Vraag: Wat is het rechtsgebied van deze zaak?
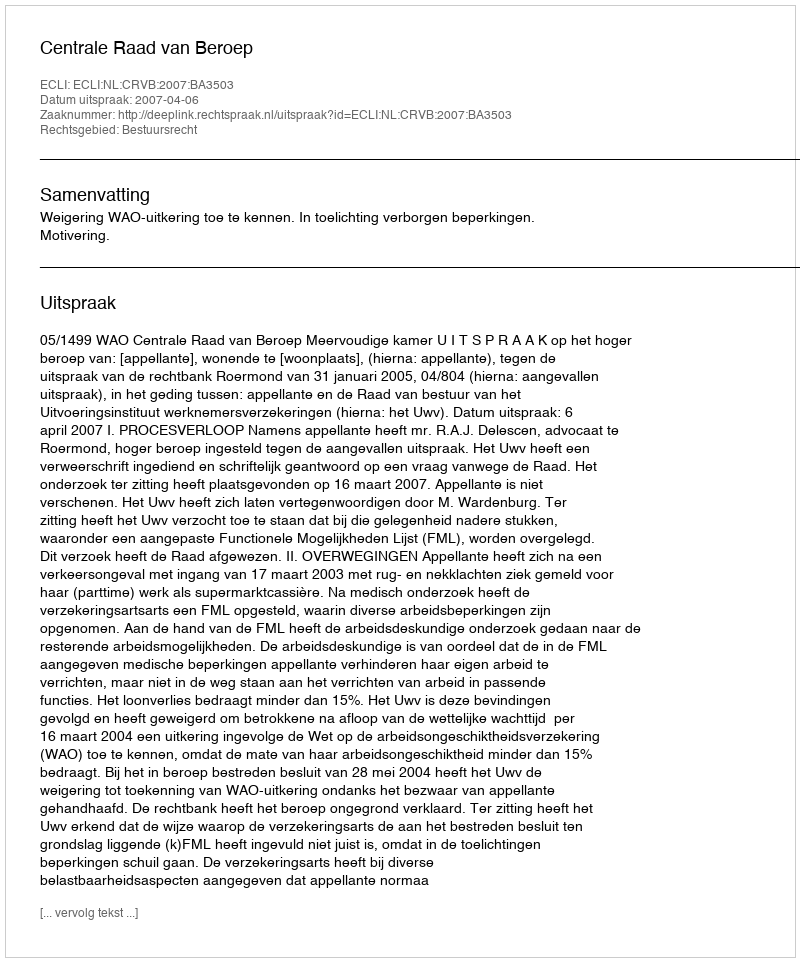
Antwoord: Bestuursrecht